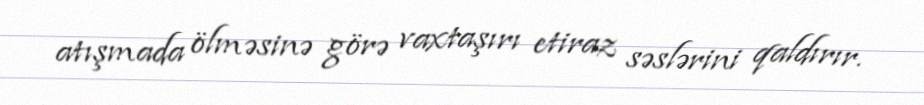
atışmada ölməsinə görə vaxtaşırı etiraz səslərini qaldırır.